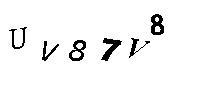
UV87V8